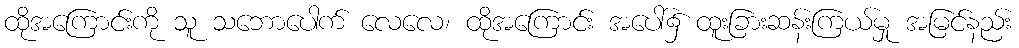
ထိုအကြောင်းကို သူ သဘောပေါက် လေလေ၊ ထိုအကြောင်း အပေါ်၌ ထူးခြားဆန်းကြယ်မှု အမြင်နည်း